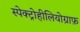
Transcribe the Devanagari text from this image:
स्पेक्ट्रोहीलियोग्राफ़